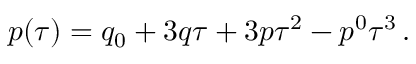
p ( \tau ) = q _ { 0 } + 3 q \tau + 3 p \tau ^ { 2 } - p ^ { 0 } \tau ^ { 3 } \, .